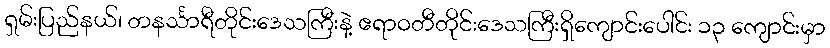
ရှမ်းပြည်နယ်၊ တနင်္သာရီတိုင်းဒေသကြီးနဲ့ ဧရာဝတီတိုင်းဒေသကြီးရှိကျောင်းပေါင်း ၁၃ ကျောင်းမှာ